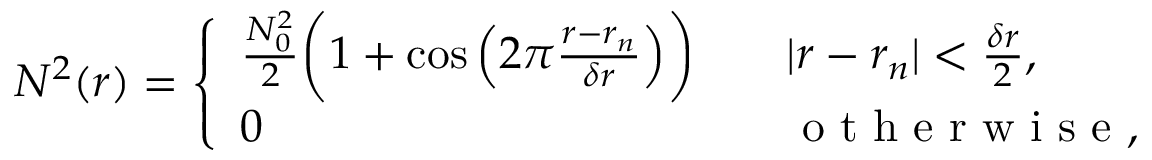
N ^ { 2 } ( r ) = \left\{ \begin{array} { l l } { \frac { N _ { 0 } ^ { 2 } } { 2 } \bigg ( 1 + \cos \Big ( 2 \pi \frac { r - r _ { n } } { \delta r } \Big ) \bigg ) \quad } & { | r - r _ { n } | < \frac { \delta r } { 2 } , } \\ { 0 \quad } & { \mathrm { ~ o ~ t ~ h ~ e ~ r ~ w ~ i ~ s ~ e ~ } , } \end{array} \right.